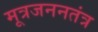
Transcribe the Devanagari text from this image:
मूत्रजननतंत्र